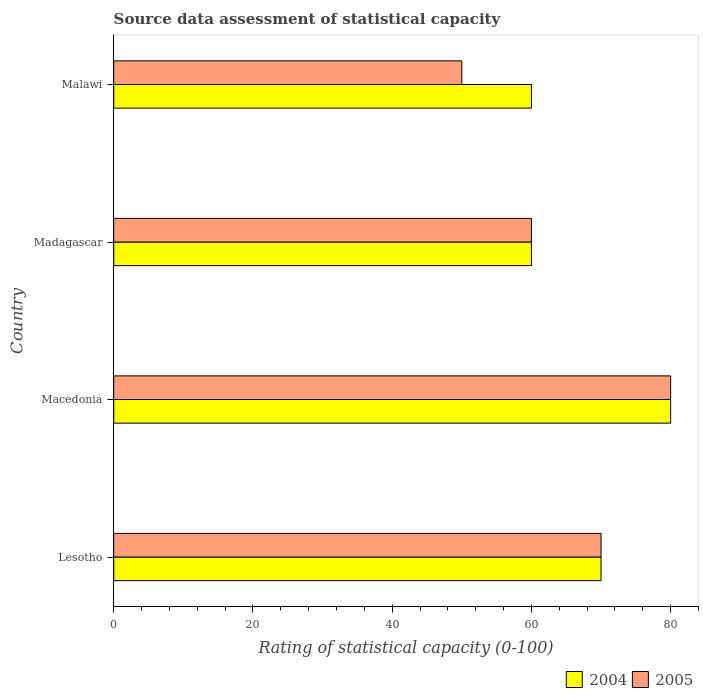
| Country | 2004 | 2005 |
 | --- | --- | --- |
 | Lesotho | 70 | 70 |
 | Macedonia | 80 | 80 |
 | Madagascar | 60 | 60 |
 | Malawi | 60 | 50 |